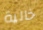
خالية